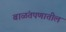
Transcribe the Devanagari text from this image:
बाळंतपणातील